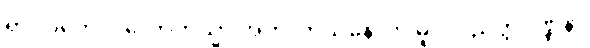
ရာဂပ္ပဘေဒါ လောကသ္မာ အကိလာသုနောတိ မူလပညတ္တိဝဏ္ဏနာ